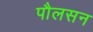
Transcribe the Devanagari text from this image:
पौलसन